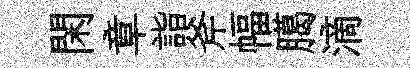
閑章詣斧幅臈滴